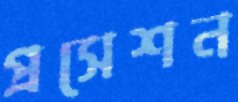
প্রসেশন